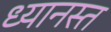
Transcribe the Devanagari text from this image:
ध्यानस्त